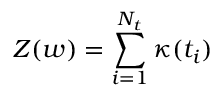
Z ( w ) = \sum _ { i = 1 } ^ { N _ { t } } \kappa ( t _ { i } )